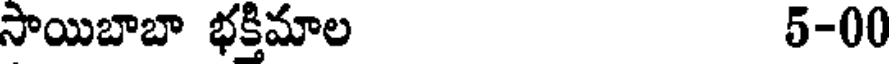
సాయిబాబా భక్తిమాల 5-00